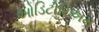
ઓડિટોરિઅમ